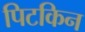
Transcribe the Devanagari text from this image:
पिटकिन